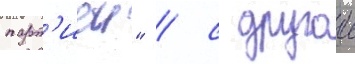
парт'иеи" / с другои